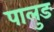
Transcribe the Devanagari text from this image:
पालुङ